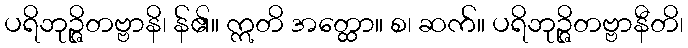
ပရိဘုဉ္ဇိတဗ္ဗာနိ၊ န်၏။ ဣတိ အတ္ထော။ စ၊ ဆက်။ ပရိဘုဉ္ဇိတဗ္ဗာနီတိ၊